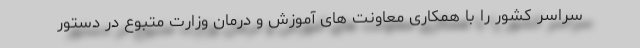
سراسر کشور را با همکاری معاونت های آموزش و درمان وزارت متبوع در دستور